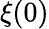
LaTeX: \xi(0)